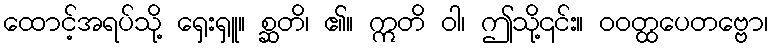
ထောင့်အရပ်သို့ ရှေးရှူ။ စ္ဆတိ၊ ၏။ ဣတိ ဝါ၊ ဤသို့၎င်း။ ဝဝတ္ထပေတဗ္ဗော၊